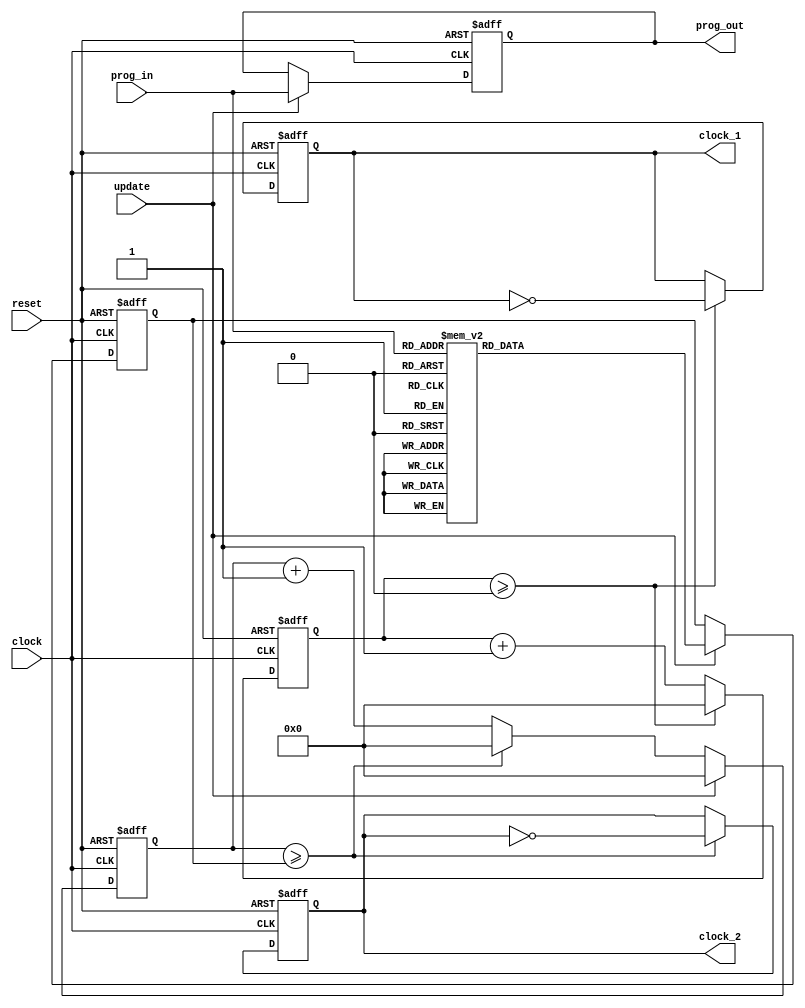
module dcm (
    input clock, reset, update,
    input [2:0] prog_in,
    output reg clock_1, clock_2,
    output reg [2:0] prog_out
);

parameter HUNDREDMHZ = 10;  
parameter CLOCK_0_TB = HUNDREDMHZ / 10 / 2;
parameter CLOCK_1_TB = HUNDREDMHZ / 5 / 2;
parameter CLOCK_2_TB = HUNDREDMHZ / 2.5 / 2;
parameter CLOCK_3_TB = HUNDREDMHZ / 2;
parameter CLOCK_4_TB = HUNDREDMHZ / 0.625 / 2;
parameter CLOCK_5_TB = HUNDREDMHZ / 0.3125 / 2;
parameter CLOCK_6_TB = HUNDREDMHZ / 0.15625 / 2;
parameter CLOCK_7_TB = HUNDREDMHZ / 0.078125 / 2;

// parameter ONE_HZ = 100_000_000;  
// parameter CLOCK_0 = ONE_HZ / 10 / 2;
// parameter CLOCK_1 = ONE_HZ / 5 / 2;
// parameter CLOCK_2 = ONE_HZ / 2.5 / 2;
// parameter CLOCK_3 = ONE_HZ / 2;
// parameter CLOCK_4 = ONE_HZ / 0.625 / 2;
// parameter CLOCK_5 = ONE_HZ / 0.3125 / 2;
// parameter CLOCK_6 = ONE_HZ / 0.15625 / 2;
// parameter CLOCK_7 = ONE_HZ / 0.078125 / 2;

reg [31:0] counter_1, counter_2, aux;

always @(posedge clock or posedge reset) begin
    if (reset) begin
        clock_1 <= 1'b0;
        clock_2 <= 1'b0;
        counter_1 <= 32'b0;
        counter_2 <= 32'b0;
        prog_out <= 3'b0;
        aux <= CLOCK_0_TB;
    end
    else begin
        if (counter_2 >= aux) begin
            clock_2 <= ~clock_2;
            counter_2 <= 32'b0;
        end 
        else begin
            counter_2 <= counter_2 + 1'b1;
        end
        if (counter_1 >= CLOCK_0_TB) begin
            clock_1 <= ~clock_1;
            counter_1 <= 32'b0;
        end 
        else begin
            counter_1 <= counter_1 + 1'b1;
        end
        if (update) begin
            case (prog_in)
                3'b000: aux <= CLOCK_0_TB;
                3'b001: aux <= CLOCK_1_TB;
                3'b010: aux <= CLOCK_2_TB;                
                3'b011: aux <= CLOCK_3_TB;
                3'b100: aux <= CLOCK_4_TB;
                3'b101: aux <= CLOCK_5_TB;
                3'b110: aux <= CLOCK_6_TB;
                3'b111: aux <= CLOCK_7_TB;
                default: aux <= CLOCK_0_TB;
                // 3'b000: aux <= CLOCK_0;
                // 3'b001: aux <= CLOCK_1;
                // 3'b010: aux <= CLOCK_2;                
                // 3'b011: aux <= CLOCK_3;
                // 3'b100: aux <= CLOCK_4;
                // 3'b101: aux <= CLOCK_5;
                // 3'b110: aux <= CLOCK_6;
                // 3'b111: aux <= CLOCK_7;
                // default: aux <= CLOCK_0;                
            endcase
            counter_2 <= 32'b0;
            prog_out <= prog_in;
        end        
    end
end

endmodule